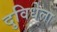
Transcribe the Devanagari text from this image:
दुविधेला